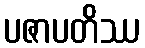
ပဇာပတိဿ